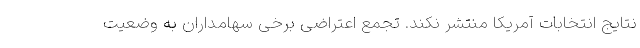
نتایج انتخابات آمریکا منتشر نکند. تجمع اعتراضی برخی سهامداران به وضعیت